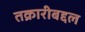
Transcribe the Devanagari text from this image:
तक्रारीबद्दल